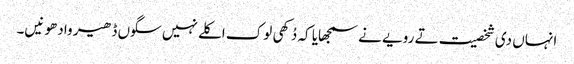
انہاں دی شخصیت تے رویے نے سمجھایا کہ دُکھی لوک اکلے نہیں سگوں ڈھیر وادھو نیں۔